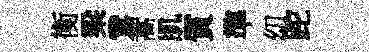
衡梁鵞蒿肌質準㓜跎